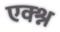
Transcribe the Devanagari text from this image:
एक्श्न